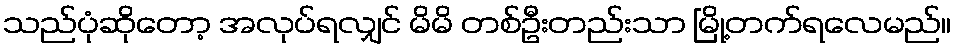
သည်ပုံဆိုတော့ အလုပ်ရလျှင် မိမိ တစ်ဦးတည်းသာ မြို့တက်ရလေမည်။